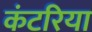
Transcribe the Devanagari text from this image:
कंटरिया